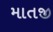
માતજી